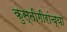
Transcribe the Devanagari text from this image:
कुस्तीगीरांच्या